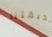
حديقتنا